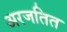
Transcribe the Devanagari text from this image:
अरजतित